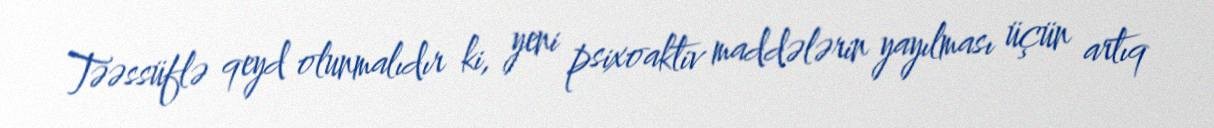
Təəssüflə qeyd olunmalıdır ki, yeni psixoaktiv maddələrin yayılması üçün artıq